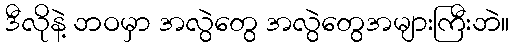
ဒီလိုနဲ့ ဘဝမှာ အလွဲတွေ အလွဲတွေအများကြီးဘဲ။